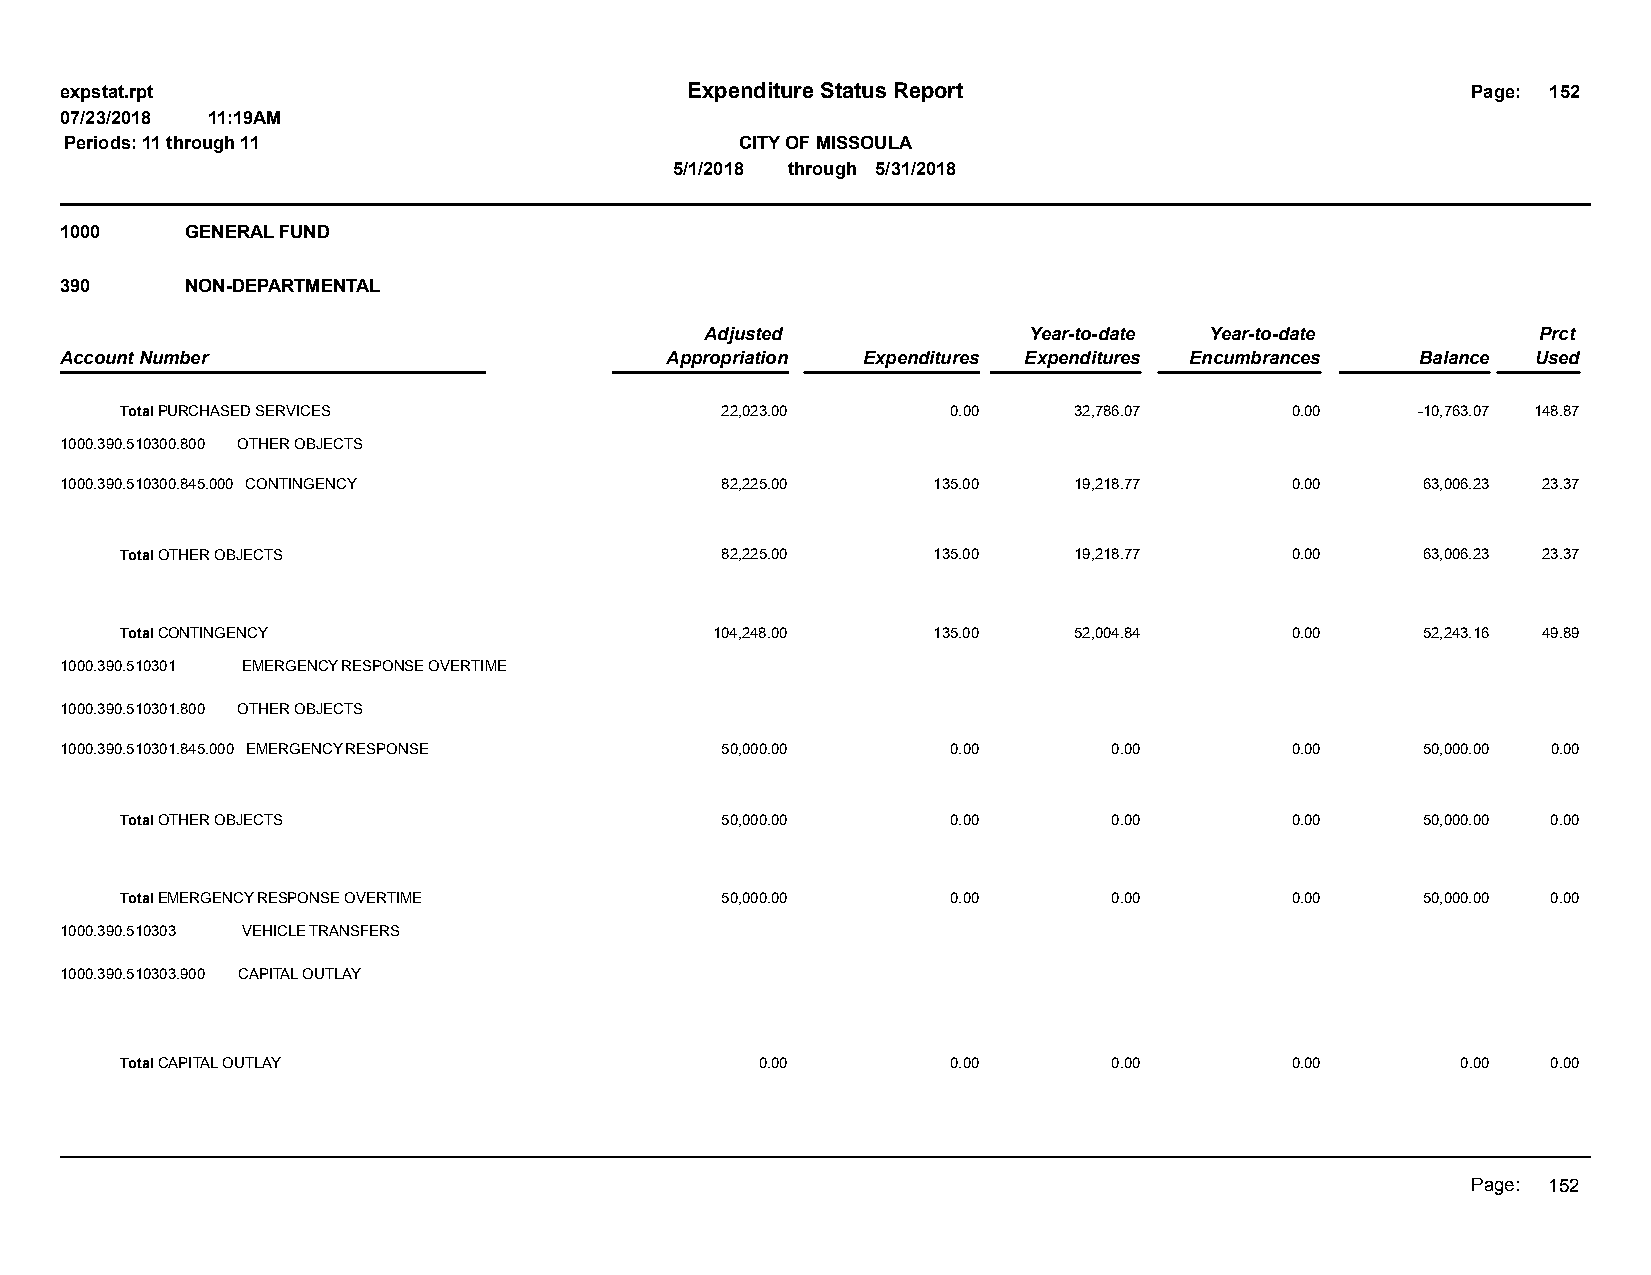
expstat.rpt                              Expenditure Status Report                           Page: 152
 07/23/2018 11:19AM
 Periods: 11 through 11                       CITY OF MISSOULA
 5/1/2018 through 5/31/2018
 1000    GENERAL FUND
 390     NON-DEPARTMENTAL
 Adjusted             Year-to-date Year-to-date         Prct
 Account Number                          Appropriation Expenditures Expenditures Encumbrances Balance Used
 Total PURCHASED SERVICES                22,023.00      0.00    32,786.07     0.00     -10,763.07 148.87
 1000.390.510300.800 OTHER OBJECTS
 1000.390.510300.845.000 CONTINGENCY         82,225.00     135.00   19,218.77     0.00     63,006.23 23.37
 Total OTHER OBJECTS                     82,225.00     135.00   19,218.77     0.00     63,006.23 23.37
 Total CONTINGENCY                      104,248.00     135.00   52,004.84     0.00     52,243.16 49.89
 1000.390.510301 EMERGENCY RESPONSE OVERTIME
 1000.390.510301.800 OTHER OBJECTS
 1000.390.510301.845.000 EMERGENCY RESPONSE  50,000.00      0.00       0.00       0.00     50,000.00 0.00
 Total OTHER OBJECTS                     50,000.00      0.00       0.00       0.00     50,000.00 0.00
 Total EMERGENCY RESPONSE OVERTIME       50,000.00      0.00       0.00       0.00     50,000.00 0.00
 1000.390.510303 VEHICLE TRANSFERS
 1000.390.510303.900 CAPITAL OUTLAY
 Total CAPITAL OUTLAY                      0.00         0.00       0.00       0.00        0.00  0.00
 Page: 152